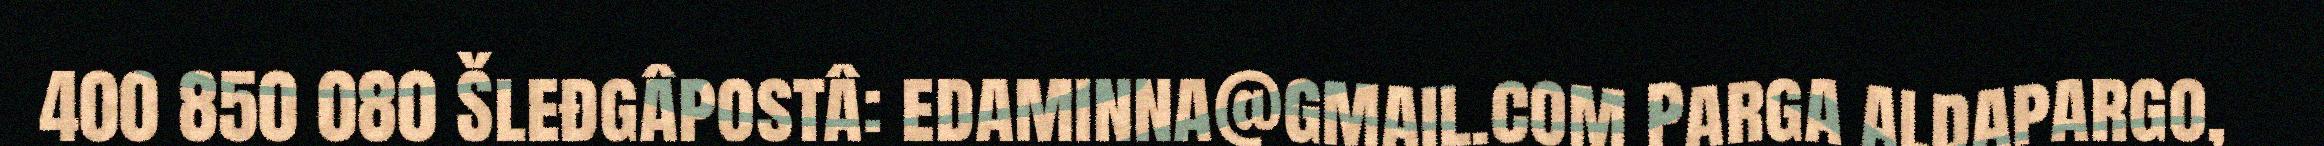
400 850 080 Šleđgâpostâ: edaminna@gmail.com Parga aldapargo,